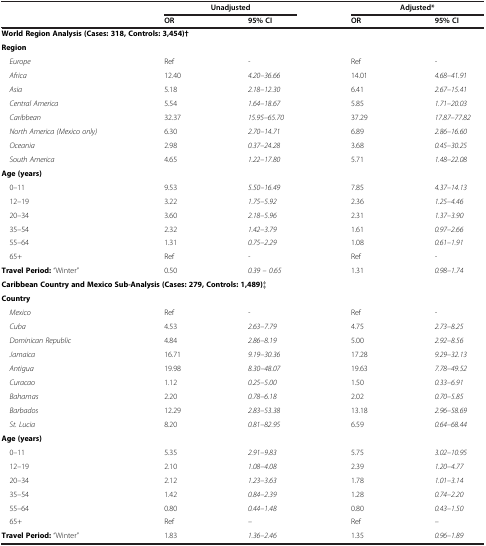
<table><thead><tr><td><b> </b></td><td><b>Unadjusted</b></td><td><b> </b></td><td><b>Adjusted*</b></td><td><b> </b></td></tr><tr><td><b> </b></td><td><b>OR</b></td><td><b>95% CI</b></td><td><b>OR</b></td><td><b>95% CI</b></td></tr></thead><tbody><tr><td colspan="5"><b>World Region Analysis (Cases: 318, Controls: 3,454)†</b></td></tr><tr><td><b>Region</b></td><td> </td><td> </td><td> </td><td> </td></tr><tr><td><i>Europe</i></td><td>Ref</td><td><i>-</i></td><td>Ref</td><td><i>-</i></td></tr><tr><td><i>Africa</i></td><td>12.40</td><td><i>4.20–36.66</i></td><td>14.01</td><td><i>4.68–41.91</i></td></tr><tr><td><i>Asia</i></td><td>5.18</td><td><i>2.18–12.30</i></td><td>6.41</td><td><i>2.67–15.41</i></td></tr><tr><td><i>Central America</i></td><td>5.54</td><td><i>1.64–18.67</i></td><td>5.85</td><td><i>1.71–20.03</i></td></tr><tr><td><i>Caribbean</i></td><td>32.37</td><td><i>15.95–65.70</i></td><td>37.29</td><td><i>17.87–77.82</i></td></tr><tr><td><i>North America (Mexico only)</i></td><td>6.30</td><td><i>2.70–14.71</i></td><td>6.89</td><td><i>2.86–16.60</i></td></tr><tr><td><i>Oceania</i></td><td>2.98</td><td><i>0.37–24.28</i></td><td>3.68</td><td><i>0.45–30.25</i></td></tr><tr><td><i>South America</i></td><td>4.65</td><td><i>1.22–17.80</i></td><td>5.71</td><td><i>1.48–22.08</i></td></tr><tr><td><b>Age (years)</b></td><td> </td><td> </td><td> </td><td> </td></tr><tr><td>0–11</td><td>9.53</td><td><i>5.50–16.49</i></td><td>7.85</td><td><i>4.37–14.13</i></td></tr><tr><td>12–19</td><td>3.22</td><td><i>1.75–5.92</i></td><td>2.36</td><td><i>1.25–4.46</i></td></tr><tr><td>20–34</td><td>3.60</td><td><i>2.18–5.96</i></td><td>2.31</td><td><i>1.37–3.90</i></td></tr><tr><td>35–54</td><td>2.32</td><td><i>1.42–3.79</i></td><td>1.61</td><td><i>0.97–2.66</i></td></tr><tr><td>55–64</td><td>1.31</td><td><i>0.75–2.29</i></td><td>1.08</td><td><i>0.61–1.91</i></td></tr><tr><td>65+</td><td>Ref</td><td><i>-</i></td><td>Ref</td><td><i>-</i></td></tr><tr><td><b>Travel Period:</b> “Winter”</td><td>0.50</td><td><i>0.39 – 0.65</i></td><td>1.31</td><td><i>0.98–1.74</i></td></tr><tr><td colspan="5"><b>Caribbean Country and Mexico Sub-Analysis (Cases: 279, Controls: 1,489)‡</b></td></tr><tr><td><b>Country</b></td><td> </td><td> </td><td> </td><td> </td></tr><tr><td><i>Mexico</i></td><td>Ref</td><td><i>-</i></td><td>Ref</td><td><i>-</i></td></tr><tr><td><i>Cuba</i></td><td>4.53</td><td><i>2.63–7.79</i></td><td>4.75</td><td><i>2.73–8.25</i></td></tr><tr><td><i>Dominican Republic</i></td><td>4.84</td><td><i>2.86–8.19</i></td><td>5.00</td><td><i>2.92–8.56</i></td></tr><tr><td><i>Jamaica</i></td><td>16.71</td><td><i>9.19–30.36</i></td><td>17.28</td><td><i>9.29–32.13</i></td></tr><tr><td><i>Antigua</i></td><td>19.98</td><td><i>8.30–48.07</i></td><td>19.63</td><td><i>7.78–49.52</i></td></tr><tr><td><i>Curacao</i></td><td>1.12</td><td><i>0.25–5.00</i></td><td>1.50</td><td><i>0.33–6.91</i></td></tr><tr><td><i>Bahamas</i></td><td>2.20</td><td><i>0.78–6.18</i></td><td>2.02</td><td><i>0.70–5.85</i></td></tr><tr><td><i>Barbados</i></td><td>12.29</td><td><i>2.83–53.38</i></td><td>13.18</td><td><i>2.96–58.69</i></td></tr><tr><td><i>St. Lucia</i></td><td>8.20</td><td><i>0.81–82.95</i></td><td>6.59</td><td><i>0.64–68.44</i></td></tr><tr><td><b>Age (years)</b></td><td> </td><td> </td><td> </td><td> </td></tr><tr><td>0–11</td><td>5.35</td><td><i>2.91–9.83</i></td><td>5.75</td><td><i>3.02–10.95</i></td></tr><tr><td>12–19</td><td>2.10</td><td><i>1.08–4.08</i></td><td>2.39</td><td><i>1.20–4.77</i></td></tr><tr><td>20–34</td><td>2.12</td><td><i>1.23–3.63</i></td><td>1.78</td><td><i>1.01–3.14</i></td></tr><tr><td>35–54</td><td>1.42</td><td><i>0.84–2.39</i></td><td>1.28</td><td><i>0.74–2.20</i></td></tr><tr><td>55–64</td><td>0.80</td><td><i>0.44–1.48</i></td><td>0.80</td><td><i>0.43–1.50</i></td></tr><tr><td>65+</td><td>Ref</td><td><i>–</i></td><td>Ref</td><td><i>–</i></td></tr><tr><td><b>Travel Period:</b> “Winter”</td><td>1.83</td><td><i>1.36–2.46</i></td><td>1.35</td><td><i>0.96–1.89</i></td></tr></tbody></table>